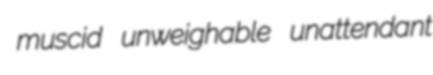
muscid unweighable unattendant